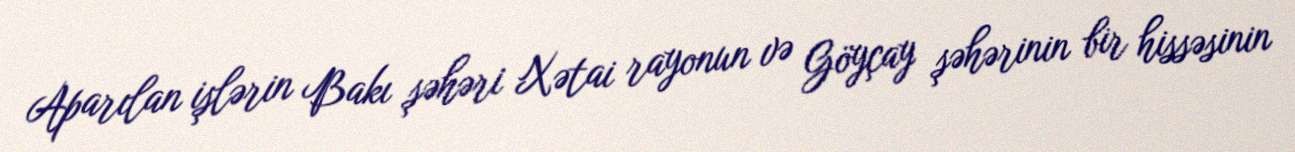
Aparılan işlərin Bakı şəhəri Xətai rayonun və Göyçay şəhərinin bir hissəsinin